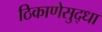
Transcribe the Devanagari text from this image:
ठिकाणेसुद्धा